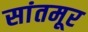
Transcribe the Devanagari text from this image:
सांतमूर